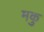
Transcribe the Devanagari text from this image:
मकु